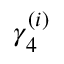
\gamma _ { 4 } ^ { ( i ) }